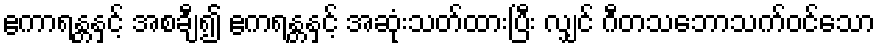
ဧကာရန္တနှင့် အစချီ၍ ဧကရန္တနှင့် အဆုံးသတ်ထားပြီး လျှင် ဂီတသဘောသက်ဝင်သော